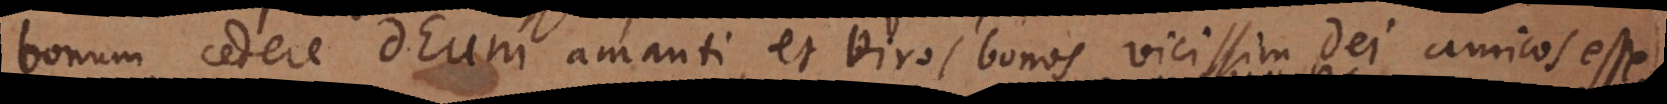
bonum cedere Deum amanti, et viros bonos vicissim Dei amicos